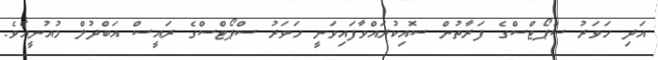
އަދި ހަވަރު ސްޕޯޓްސްގެ ފަރާތުން ސޮއިކުރައްވާފައިވަނީ ހަވަރު ސްޕޯޓްސްގެ ރައީސް އަބްދުލް މުއުނީއެވެ.